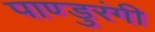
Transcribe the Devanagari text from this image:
पाण्डुरंगी